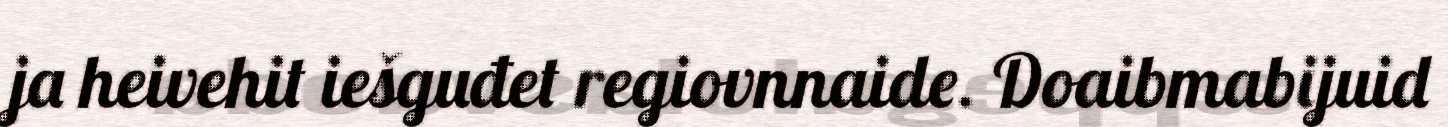
ja heivehit iešguđet regiovnnaide. Doaibmabijuid